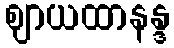
ဈာယထာနန္ဒ